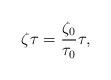
LaTeX: \begin{align*}\zeta \tau=\frac{\zeta _{0}}{\tau _{0}} \tau,\end{align*}